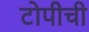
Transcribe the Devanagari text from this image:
टोपीची